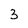
Character: 3